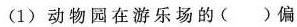
(1)动物园在游乐场的( )偏